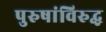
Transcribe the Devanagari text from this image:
पुरुषांविरुद्ध